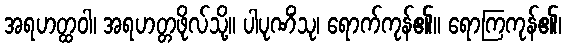
အရဟတ္ထဝါ၊ အရဟတ္တဖိုလ်သို့။ ပါပုဏိံသု၊ ရောက်ကုန်၏။ ရောကြကုန်၏၊